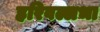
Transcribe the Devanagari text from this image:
हरिवल्लभा